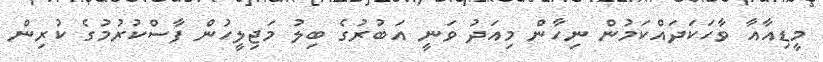
މީޑިއާއާ ވާހަކަދައްކަމުން ނިހާން މިއަދު ވަނީ އަބުރުގެ ބިލު މަޖިލީހުން ފާސްކުރުމުގެ ކުރިން